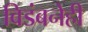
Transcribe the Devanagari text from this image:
विडंबनेही